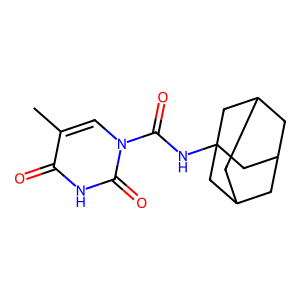
SMILES: Cc1cn(C(=O)NC23CC4CC(CC(C4)C2)C3)c(=O)[nH]c1=O
Inhibits HIV replication: No